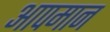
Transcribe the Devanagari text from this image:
आपमान